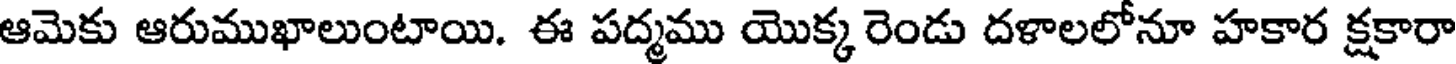
ఆమెకు ఆరుముఖాలుంటాయి. ఈ పద్మము యొక్క రెండు దళాలలోనూ హకార క్షకారా